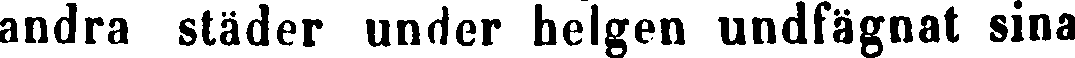
andra städer under helgen undfägnat sina